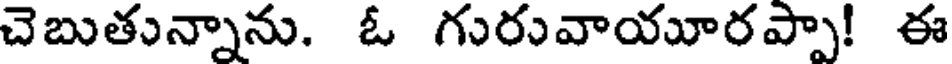
చెబుతున్నాను. ఓ గురువాయూరప్పా! ఈ